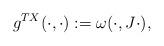
LaTeX: \begin{align*}g^{TX}(\cdot, \cdot) := \omega(\cdot, J \cdot),\end{align*}